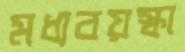
মধ্যবয়স্কা